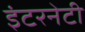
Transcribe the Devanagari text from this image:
इंटरनेटी